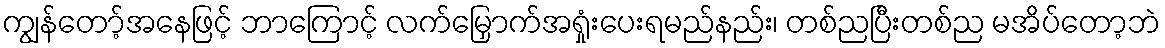
ကျွန်တော့်အနေဖြင့် ဘာကြောင့် လက်မြှောက်အရှုံးပေးရမည်နည်း၊ တစ်ညပြီးတစ်ည မအိပ်တော့ဘဲ